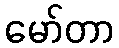
မော်တာ